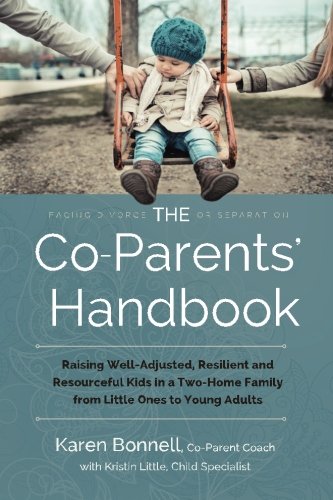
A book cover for The Co-Parents' Handbook: Raising Well-Adjusted, Resilient, and Resourceful Kids in a Two-Home Family from Little Ones to Young Adults; Karen Bonnell; Parenting & Relationships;